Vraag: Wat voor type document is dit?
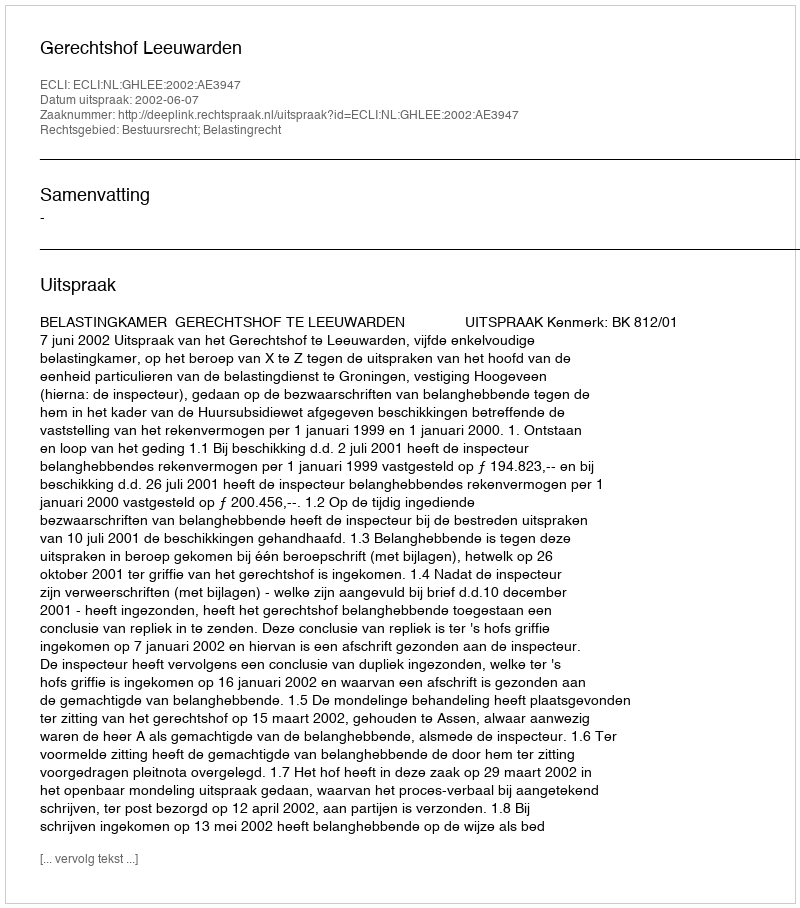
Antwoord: Uitspraak